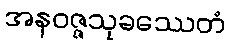
အနဝဇ္ဇသုခဿေတံ